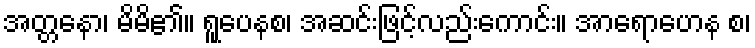
အတ္တနော၊ မိမိ၏။ ရူပေနစ၊ အဆင်းဖြင့်လည်းကောင်း။ အာရောဟေန စ၊